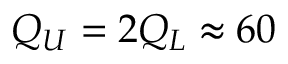
Q _ { U } = 2 Q _ { L } \approx 6 0